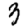
Digit: 3